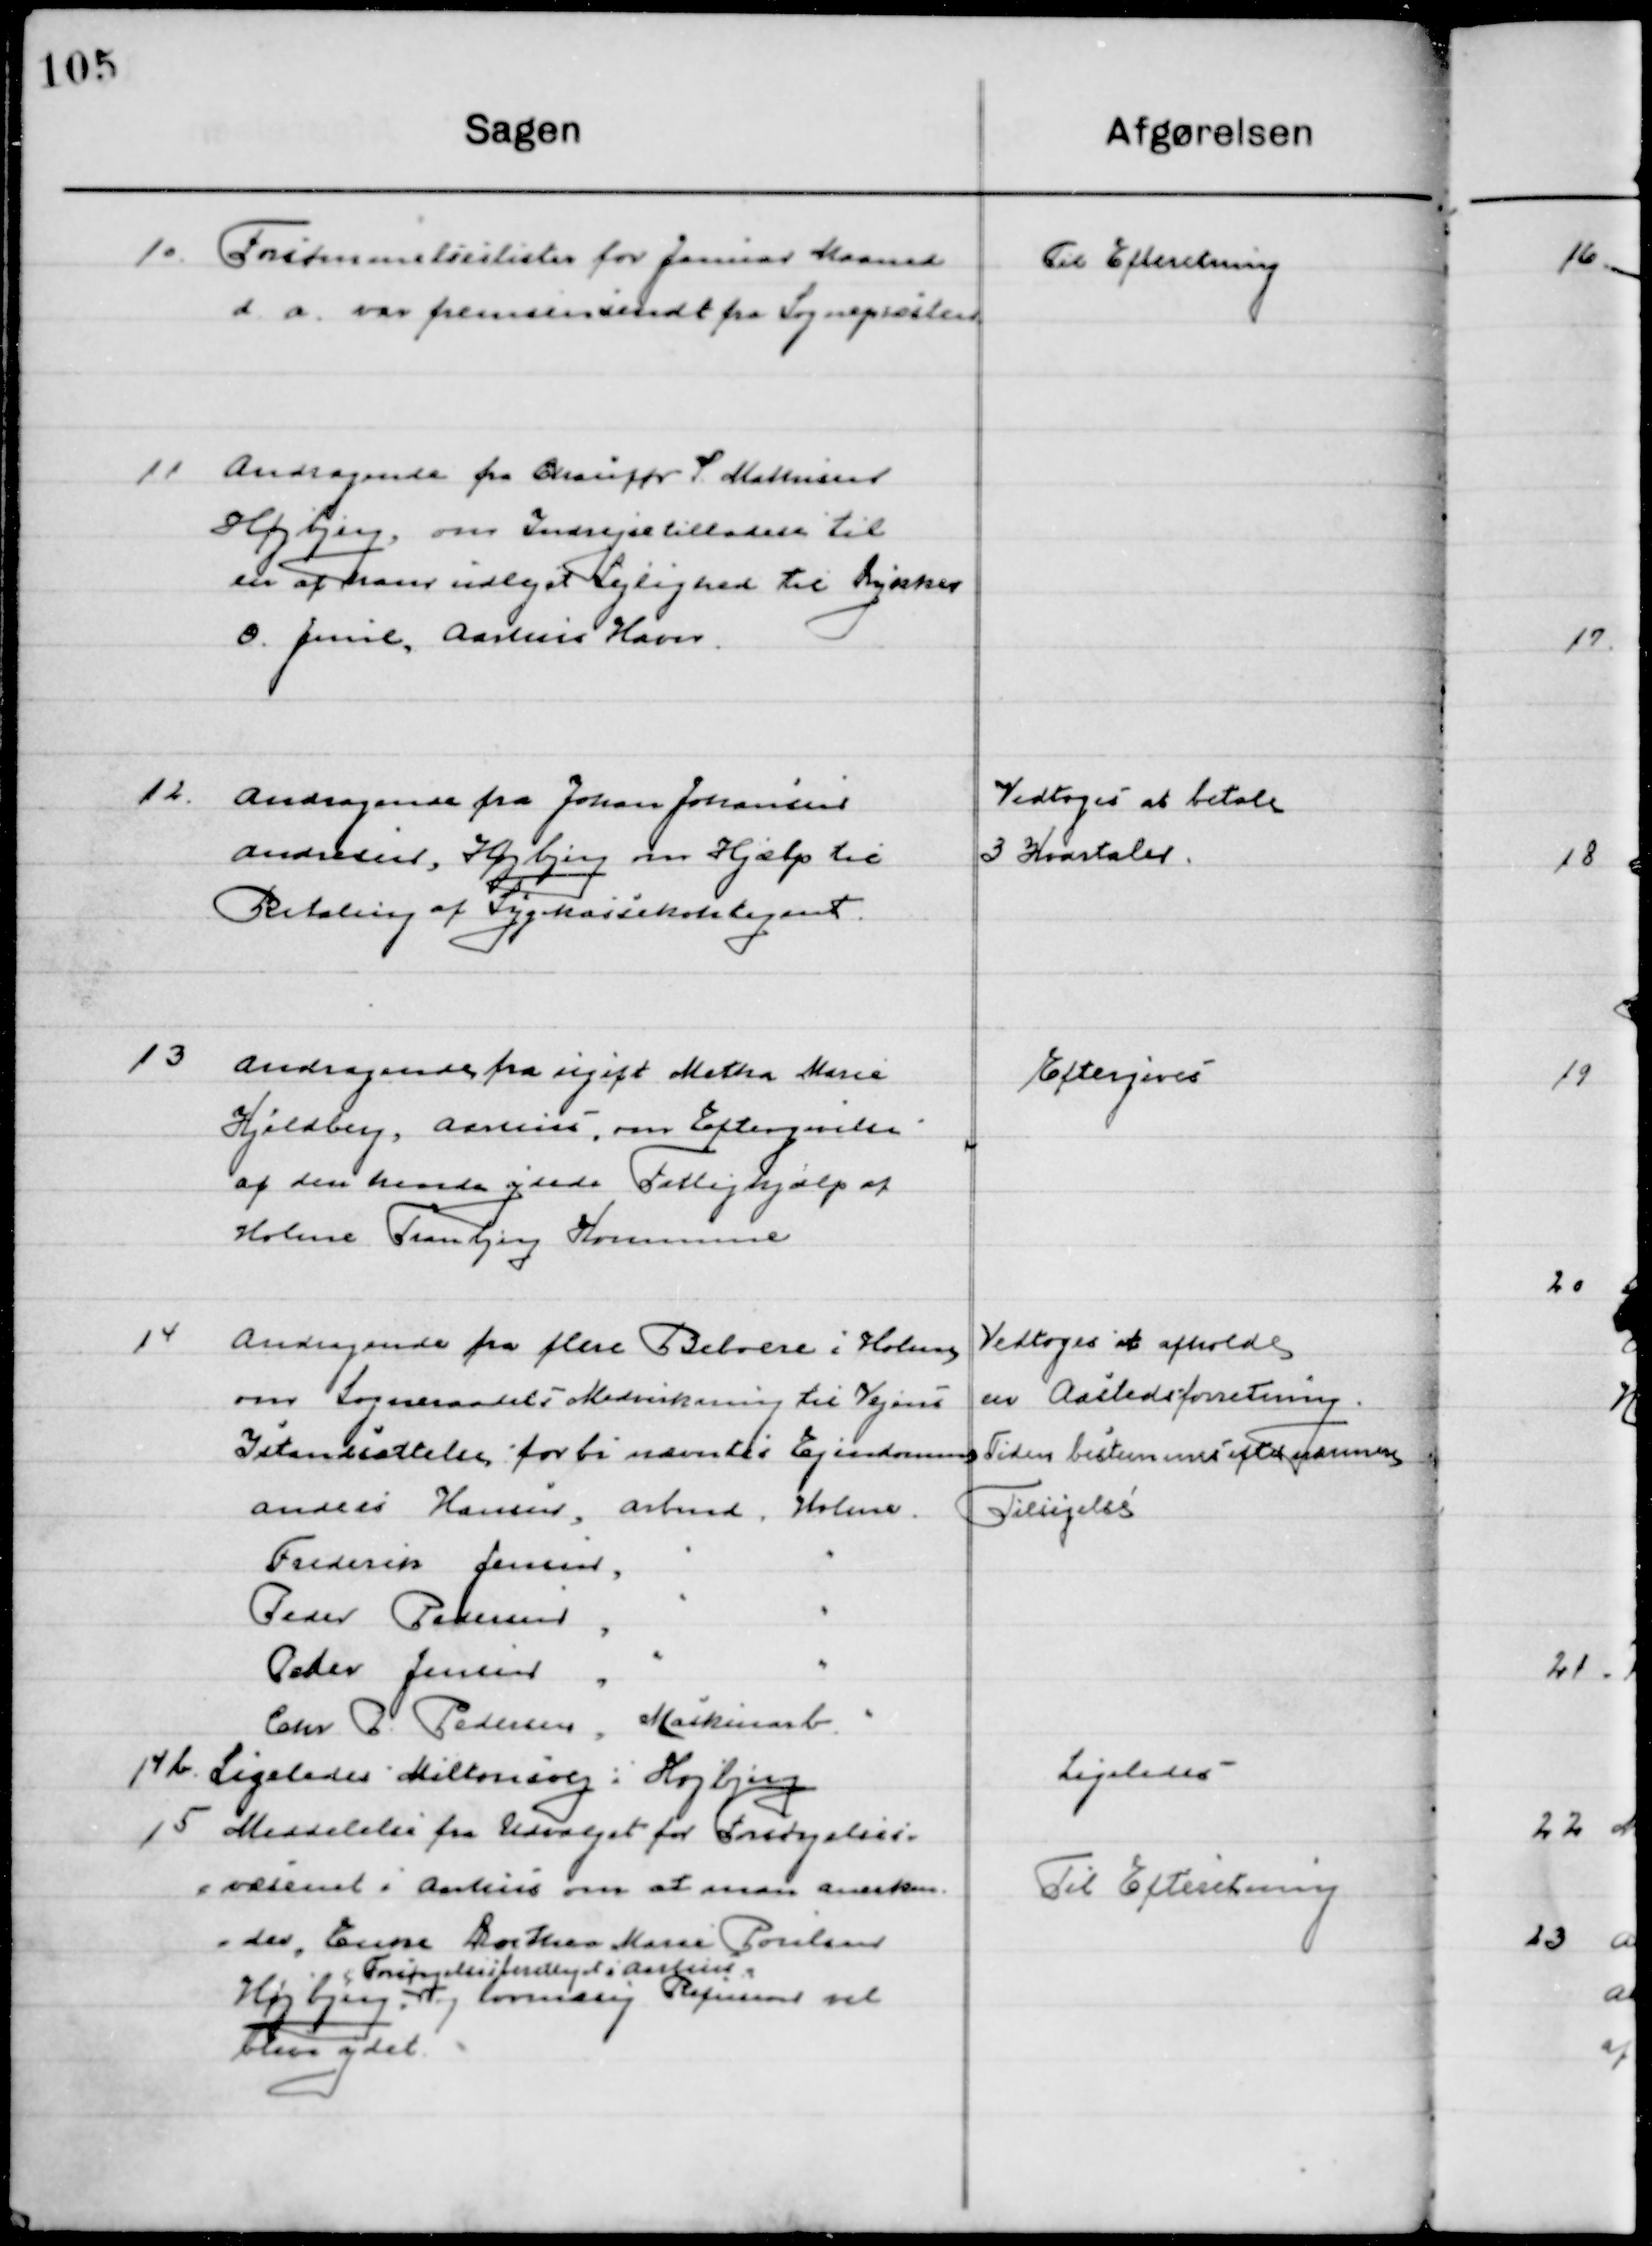
Transskription:
10

Forsømmelseslister for Januar Maaned 
d. a. var fremsendt fra Sognepræsten

Til Efterretning

11

Andragende fra Chauffør S Mathiasen
Højbjerg og Indrejsetilladelse til 
En af hans udlejet Lejlighed til Dykker 
O. Jensen, Aarhus Havn.

12

Andragende fra Johan Johansen
Andersen, Højbjerg om Hjælp til
Betaling af Sygekassekontingent.

Vedtoges at betale
3 Kvartaler

13

Andragende fra ugift Metha Marie
Hjaldberg, Aarhus, om Eftergivelse 
Af den hende ydede Fattighjælp af
Holme Tranbjerg Kommune

Eftergives

14

Andragende fra flere Beboere i Holme
om Sogneraadets Medvirkning til Vejens
Istandsættelse forbi nævnte Ejendomme

Vedtoges at afholde
en Aasteds forretning
Tiden bestemtes efter nærmere 
Tilsigelse

14 b

Ligeledes Miltonsvej; Højbjerg

Ligeledes

15

Meddelelse fra Udvalget for Forsørgelses-
væsenet i Aarhus om at man anerken-
der, Enke Dorthea Marie Poulsen
Højbjerg  
Forsørgelsesberettiget i Aarhus
Og Lovmæssig Refusion vil
bliver ydet.

Til Efterretning